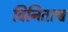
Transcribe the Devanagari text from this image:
विनिताश्व